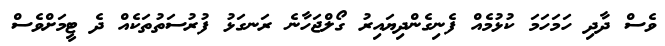
ވެސް ދާދި ހަމަހަމަ ކުޅުމެއް ފެނިގެންދިޔައިރު ގޯލްޖަހާނެ ރަނގަޅު ފުރުސަތުތަކެއް ދެ ޓީމަށްވެސް